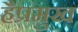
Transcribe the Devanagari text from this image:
हैप्रमुख